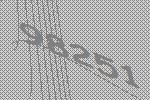
98251